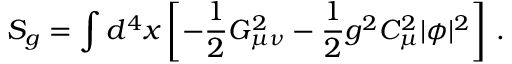
S _ { g } = \int d ^ { 4 } x \left[ - \frac { 1 } { 2 } G _ { \mu \nu } ^ { 2 } - \frac { 1 } { 2 } g ^ { 2 } C _ { \mu } ^ { 2 } | \phi | ^ { 2 } \right] \, .